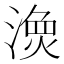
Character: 𱨖